Vital statistics of India. Vol. IV, Annual returns from 1871 to 1876. British Army of India, Native Army and jails of Bengal
Year: 1871
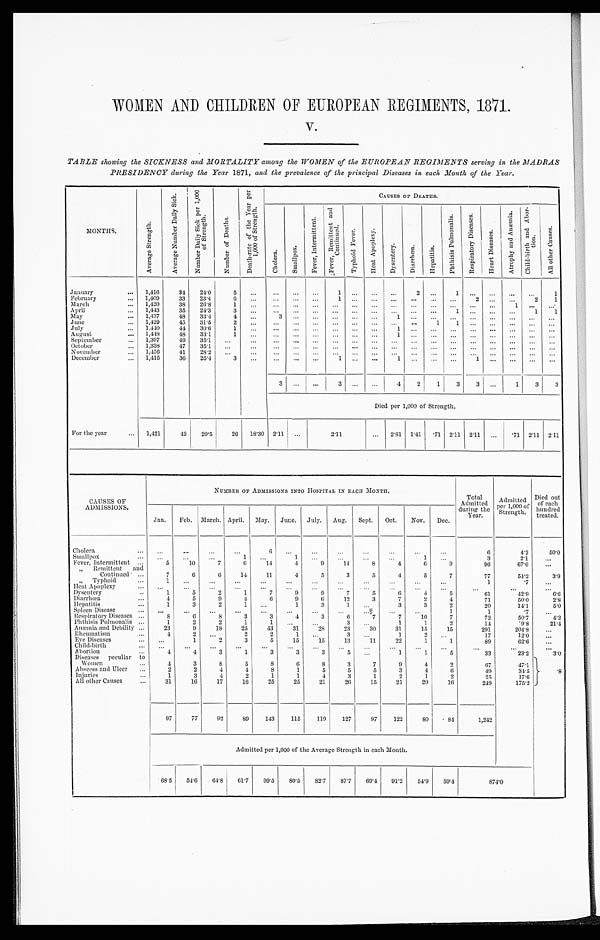
WOMEN AND CHILDREN OF EUROPEAN REGIMENTS, 1871.
V.
TABLE showing the SICKNESS and MORTALITY among the WOMEN of the EUROPEAN REGIMENTS serving in the MADRAS
PRESIDENCY during the Year 1871, and the prevalence of the principal Diseases in each Month of the Year.
M O N T H S .
A v e r a g e S t r e n g t h .
A v e r a g e N u m b e r D a i l y S i c k .
N u m b e r D a i l y S i c k p e r 1 , 0 0 0 o f S t r e n g t h .
N u m b e r o f D e a t h s .
D e a t h - r a t e o f t h e Y e a r p e r 1 , 0 0 0 o f S t r e n g t h .
C A U S E S O F D E A T H S .
C h o l e r a . S m a l l p o x .
F e v e r , I n t e r m i t t e n t .
F e v e r , R e m i t t e n t a n d C o n t i n u e d .
T y p h o i d F e v e r .
H e a t A p o p l e x y .
D y s e n t e r y .
D i a r r h œ a .
H e p a t i t i s .
P h t h i s i s P u l m o n a l i s . R e s p i r a t o r y D i s e a s e s .
H e a r t D i s e a s e s .
A t r o p h y a n d A n æ m i a .
C h i l d - b i r t h a n d Ab o r - t i o n .
A l l o t h e r C a u s e s .
January
1,416
34
24.0
5
. . .
...
...
. . .
1
. . .
. . . ...
2
. . .
1
...
. . .
. . .
. . .
1
February
1,409
33
23.4
6
. . . ...
...
...
1
. . . ... ...
. . .
. . . ...
2 ...
...
2
1
March
1,420
38
26.8
1
. . .
. . . . . .
. . .
. . . . . .
. . .
. . .
. . .
. . .
. . .
...
. . .
1
. . . ...
April
1,443
35
24.3
3
. . . ...
...
...
. . . ...
. . . ... ... ...
1
...
. . .
...
1
1
May
1,437
48
33.4
4 ...
3
. . .
. . .
. . . ...
. . . 1 ...
. . . ...
...
. . .
. . .
. . .
...
June
1,429
45 31.5
2
. . . ...
. . . ...
. . . . . .
. . .
. . . .
. . .
1
1 ...
. . . .
. . . .
. . .
...
July
1,440
44
30.6
1 ...
...
...
...
... ... ...
1 ...
. . .
...
...
. . .
. . .
. . .
. . .
August
1,448
48
33.1
1
. . . ...
...
...
... ...
...
1 ...
. . .
...
...
. . .
. . . ... ...
September
1,397
49
35.1
. . . ...
... ... ...
... ...
...
...
... ...
... ... ... ... ...
. . .
October
1,338
47
35.1 ...
...
...
...
. . .
. . . . . .
. . .
. . .
. . .
. . .
. . . ...
. . .
. . .
. . .
. . .
November
1,456
41
28.2
. . . ...
... ...
. . . ... ...
. . . ...
...
. . .
. . . ...
. . .
. . .
. . . ...
December
1,415
36
25.4
3 ...
...
...
...
1 ...
. . .
1 ...
. . . ...
1
. . .
. . .
. . .
. . .
3 ...
...
3
. . . ...
4 2
1
3 3
. . .
1
3
3
Died per 1,000 of Strength.
For the year
1,421
42
29.5
26
1 8 . 3 0
2.11
. . .
2 . 1 1
... 2.81 1.41 .71 2.11 2.11 . . .
.71 2.11 2.11
CAUSES OF
ADMISSIONS.
N U M B E R O F A D M I S S I O N S I N T O H O S P I T A L I N E A C H M O N T H .
Total.
Admitted
during the
Year.
Admitted
per 1,000 of
th
Strength.
Died out.
of each
hundred
treated.
Jan. Feb. March. April. May. June. July. Aug. Sept. Oct.
Nov. Dec.
Cholera
. . .
...
. . .
. . .
6
. . .
. . . . . .
. . .
. . .
. . .
. . .
6
4.2
50.0
Smallpox
...
. . . ...
1 ...
1
. . . ...
...
...
1
. . .
3
2.1
. . .
Fever, Intermittent
5
10
7
6
14
4
9
14
8
4
6
9
96
67.6
...
" Remittent and
Continued
7
6
6
14
11
4
5
3
5
4
5
7
77
54.2
3.9
Typhoid
1 .
1 ...
. . . . . .
. . .
. . . . . .
. . . ...
. . . ...
1
.7
...
H e a t A p o p l e x y
...
. . .
. . .
. . . ...
. . .
. . . . . .
. . .
. . .
. . .
. . .
. . .
. . .
. . .
Dysentery
1
5
2
1
7
9
9
7
5
6
4
5
61
42.9
6.6
Diarrhœa
4
5
9
4
6
9
6
12
3
7
2
4
71
50.0
2.8
Hepat i t i s
1
3
2
1
. . .
1
3
1
. . .
3
3
2
20
14.1
5.0
Spleen Disease
. . .
. . .
. . . ...
...
. . .
. . . ...
. . .
...
...
1
1
.7
. . .
Respiratory Diseases
8
6
8
3
3
4
3
6
7
7
10
7
72
50.7
4.2
Phthisis Pulmonalis
1
2
2
1
1
. . .
...
3 ...
1
1
2
14
9.8
21.4
Anæmia and Debility
23
9
18
25
43
31
28
23
30
31
15
15
291
204.8
. . .
Rheumatism
4
2 ...
2
2
1 ...
3 ...
1
2
. . .
17
12.0
. . .
Eye Di seases
...
1
2
3
5
15
15
13
11
22
1
1
89
62.6
. . .
Child-birth
. . .
. . .
. . . ...
...
...
...
...
...
...
... ... ... ... ...
Abortion
4
4
3
1
3
3
3
5 ...
1
1
5
3 3
2 3 . 2
3 . 0
Diseases peculiar to
Women
4
3
8
5
8
6
8
3
7
9
4
2
67
47.1
. 8
Abscess and Ulcer
2
2
4
4
8
1
5
5
5
3
4
6
49
34.5
Injuries
1
3
4
2
1
1
4
3
1
2
1
2
25
17.6
All other Causes
31
16
17
16
25
25
21
26
15
21
20
16
249
175.2
97
77
92
89
143
115
119
127
97
122
80 .84
1,242
Admitted per 1,000 of the Average Strength in each Month.
68.5 54.6 64.8 61.7
99.5 80.5 82.7 87.7 69.4 91.2
54.9 59.4
8 7 4 . 0